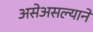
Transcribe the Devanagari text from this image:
असेअसल्याने